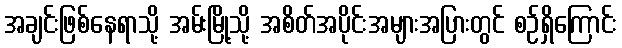
အချင်းဖြစ်နေရာသို့ အမ်းမြို့သို့ အစိတ်အပိုင်းအများအပြားတွင် စဉ်ရှိကြောင်း